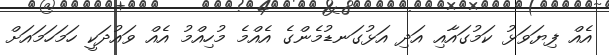
އެއް ފިޔަވަޅު ކަމުގައާއި އަދި އަޅުގަނޑުމެންގެ އެއްމެ މުހިއްމު އެއް ވައުދަކީ ހަމަހަމައަށް